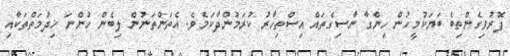
ފޮރުވިގެންތިބެ ބަޔަކުމީހުން ހިންގާ ނާސިގެތައް އިސްތިހާރު ކުރަމުންދާކަމެވެ. އެތަންތަނުން ލިބެން ހުންނަ ޚިދުމަތްތަކާއި